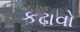
કઢાવો